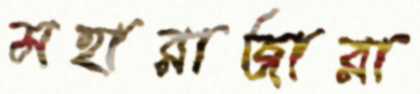
মহারাজারা